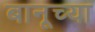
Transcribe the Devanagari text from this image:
बानूच्या